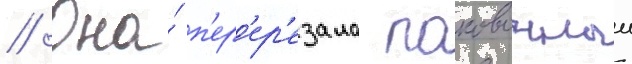
// Она́ п'ер'ер'езала паковочныи